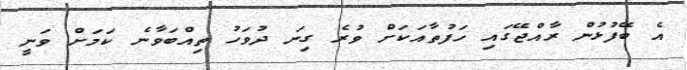
އެ ބޭފުޅުން ރާއްޖޭގައި ހަފުތާއަކަށް ވުރެ ގިނަ ދުވަހު ތިއްބަވާނެ ކަމަށް ވަނީ